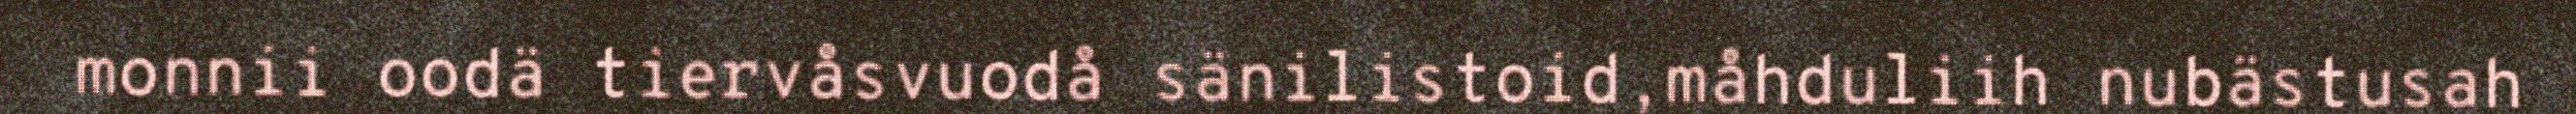
monnii oodä tiervåsvuodå sänilistoid,måhduliih nubästusah